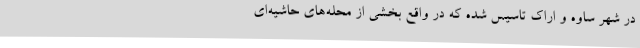
در شهر ساوه و اراک تاسیس شده که در واقع بخشی از محله‌های حاشیه‌ای